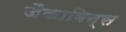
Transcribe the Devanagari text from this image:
जैकाबिन्स